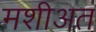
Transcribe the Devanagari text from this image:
मशीअत